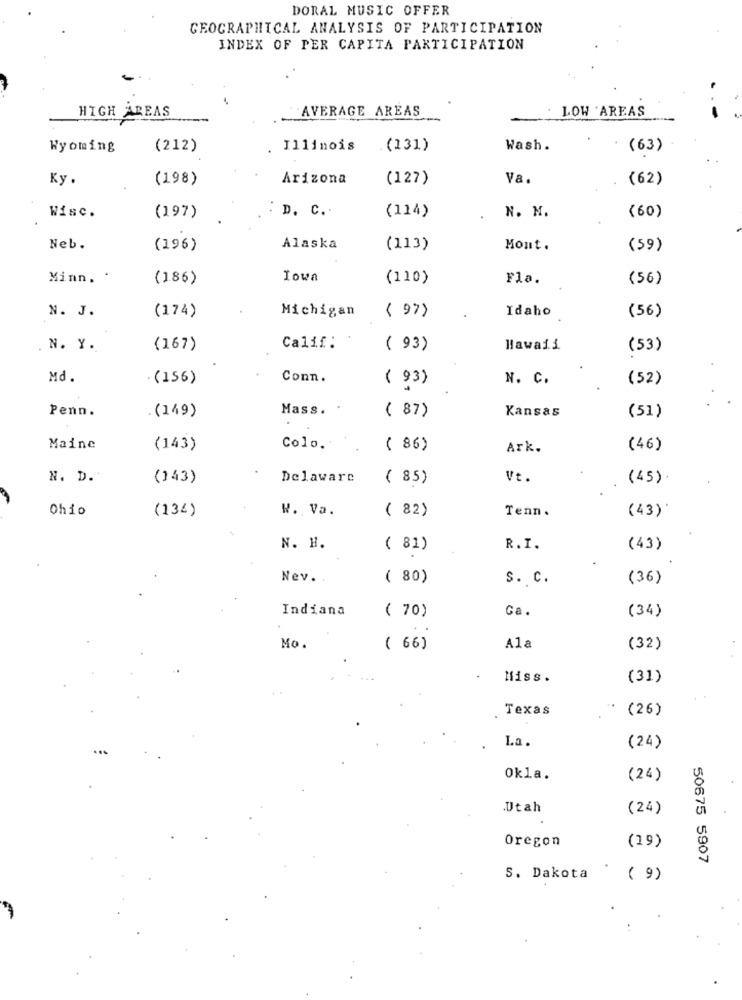
DORAL MUSIC OFFER
GEOGRAPHICAL ANALYSIS OF PARTICIPATION
INDEX OF PER CAPITA PARTICIPATION
AVERAGE AREAS
LOW 'AREAS
HIGH AREAS
-
Wyoming
(212)
Illinois
(131)
Wash.
(63)
Ky .
(198)
Arizona
(127)
Va.
(62)
Wisc.
D. C.
(197)
(114)
N. N.
(60)
Neb.
(196)
Alaska
(113)
Mont.
(59)
Minn.
(186)
Iowa
(110)
Fla.
( 56 )
N. J.
Idaho
(56)
(174)
Michigan
( 97)
. N. Y.
(167)
Calif:
( 93)
Hawaii.
(53)
Md.
.(156)
Conn.
( 93)
N. C.
(52)
Penn.
Mass. .
( 87)
Kansas
.(149)
(51)
Maine
(143)
Colo.
( 86)
Ark.
(46)
N. D.
(143)
Delaware
( 85)
Vt.
(45)
Ohio
(134)
W. Va.
( 82)
Tenn .
(43)
N. H.
( 81)
R.I.
(43)
Nev. .
( 80)
s. c.
(36)
Indiana
( 70)
Ga.
(34)
Mo.
( 66)
Ala
(32)
Miss.
(31)
Texas
(26)
La.
(24)
Okla.
(24)
Utah
(24)
Oregon
(19)
50675 5907
5. Dakota ' ( 9)